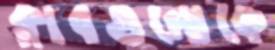
ক্লাবগুলোকে